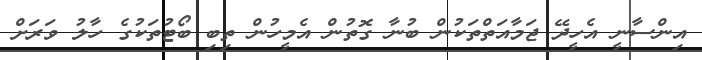
އިންސާނީ އެހީދޭ ޖަމާއަތްތަކުން ބުނާ ގޮތުން އެމީހުން ތިބި ބޯޓުތަކުގެ ހާލު ވަރަށް